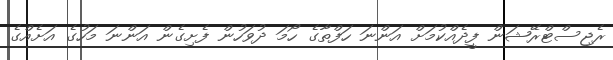
ރެޖިސްޓްރޭޝަން ފީދެއްކުމަށް އަންނަ ހަފްތާގެ ހޯމަ ދުވަހުން ފެށިގެން އަންނަ މަހުގެ އަށެއްގެ